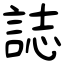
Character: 誌